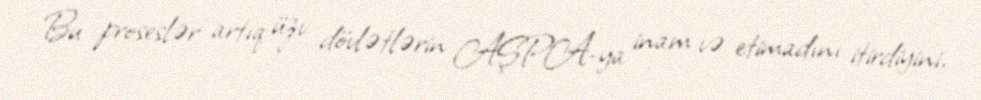
Bu proseslər artıq üzv dövlətlərin AŞPA-ya inam və etimadını itirdiyini,